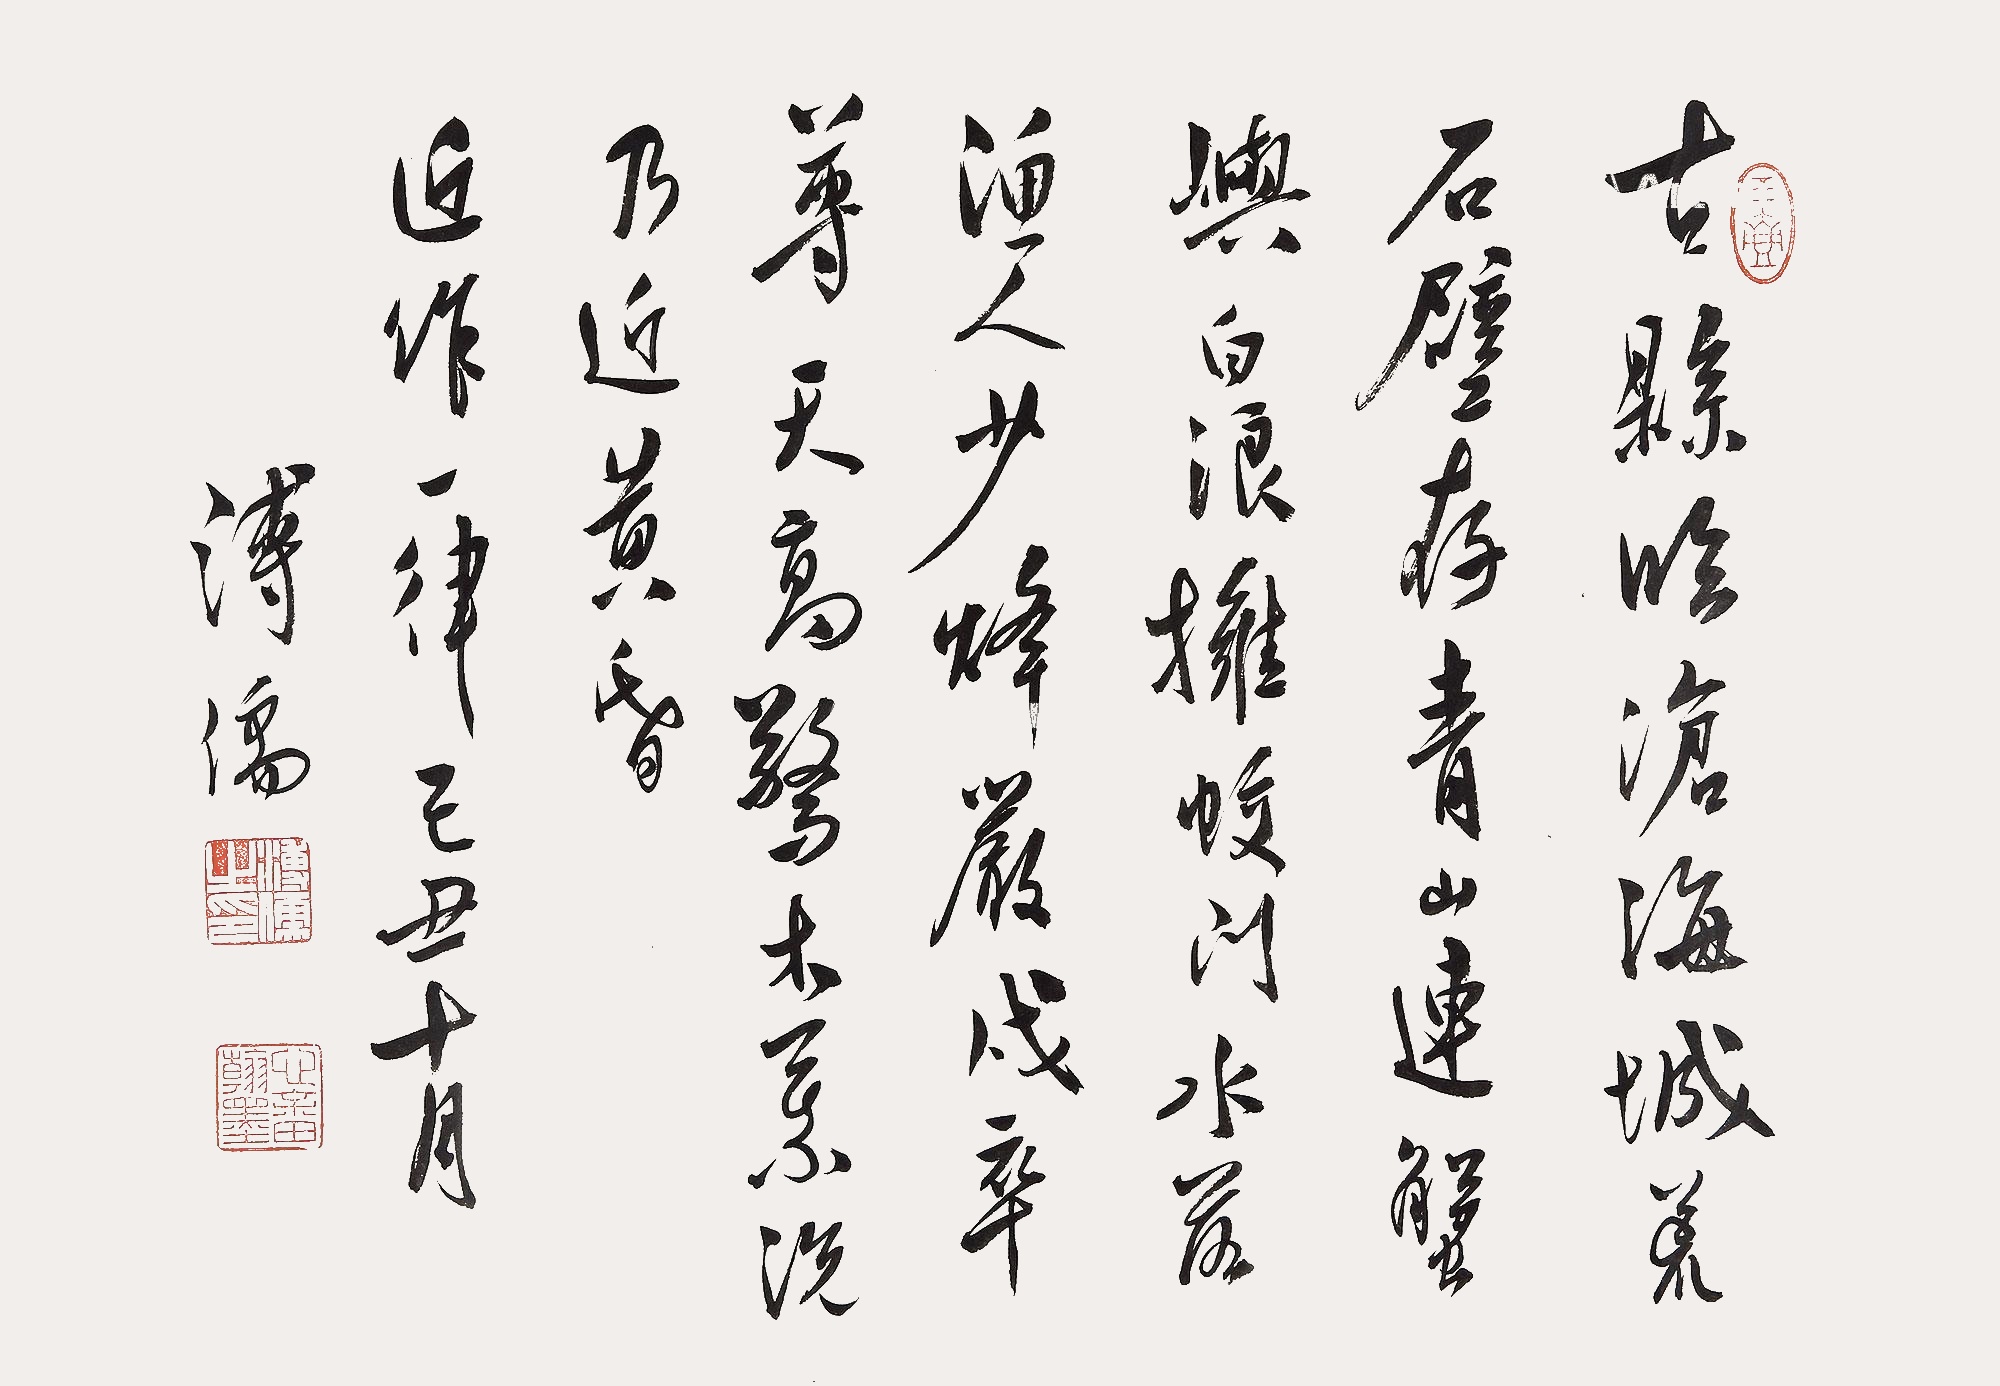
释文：古县临沧海，城荒石壁存。青山连蟹屿，白浪拥蛟门。水落渔人少，烽岩戍卒尊。天高惊木叶，况乃近黄昏。近作一律。己丑十月，溥儒。